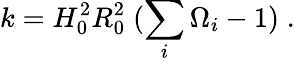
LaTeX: k=H_{0}^{2}R_{0}^{2}\; (\sum_{i}\Omega_{i}-1)\; .